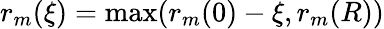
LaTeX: r_{m}(\xi)=\operatorname*{max}(r_{m}(0)-\xi,r_{m}(R))